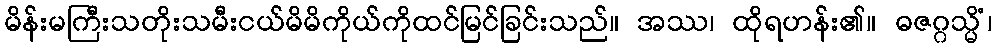
မိန်းမကြီးသတိုးသမီးငယ်မိမိကိုယ်ကိုထင်မြင်ခြင်းသည်။ အဿ၊ ထိုရဟန်း၏။ ဓဇဂ္ဂသ္မိံ၊